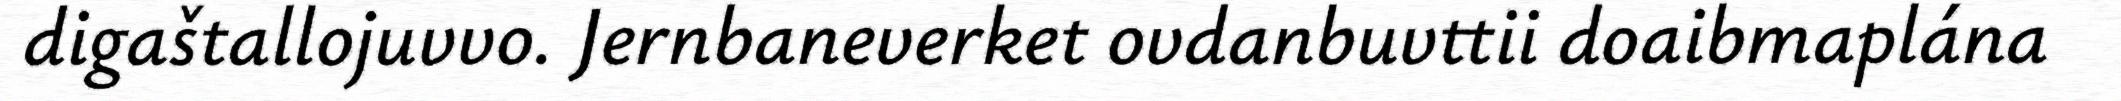
digaštallojuvvo. Jernbaneverket ovdanbuvttii doaibmaplána